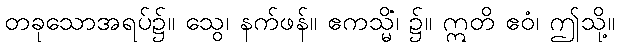
တခုသောအရပ်၌။ သွေ၊ နက်ဖန်။ ဧကသ္မိံ၊ ၌။ ဣတိ ဧဝံ၊ ဤသို့။